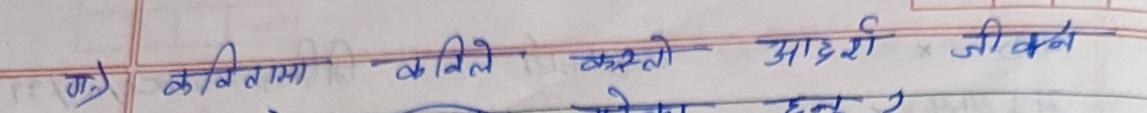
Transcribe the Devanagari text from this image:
गा) कवितामा कविले आदर्श जीवन